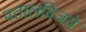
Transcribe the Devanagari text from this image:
पतालविजये